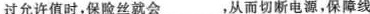
过允许值时，保险丝就会___，从而切断电源，保障线